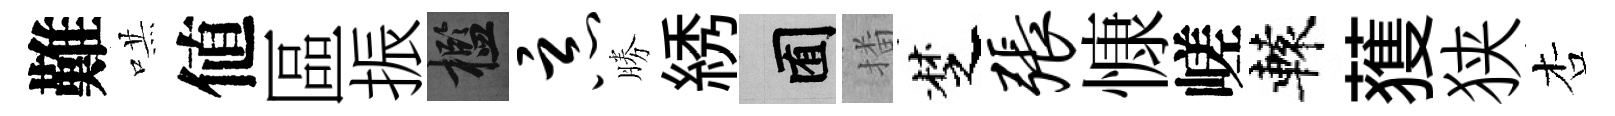
難哄値區振檻恶勝綉囿播椘张慷嵯轅𫉬狭杏